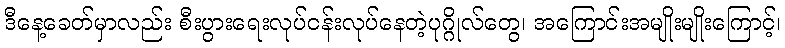
ဒီနေ့ခေတ်မှာလည်း စီးပွားရေးလုပ်ငန်းလုပ်နေတဲ့ပုဂ္ဂိုလ်တွေ၊ အကြောင်းအမျိုးမျိုးကြောင့်၊